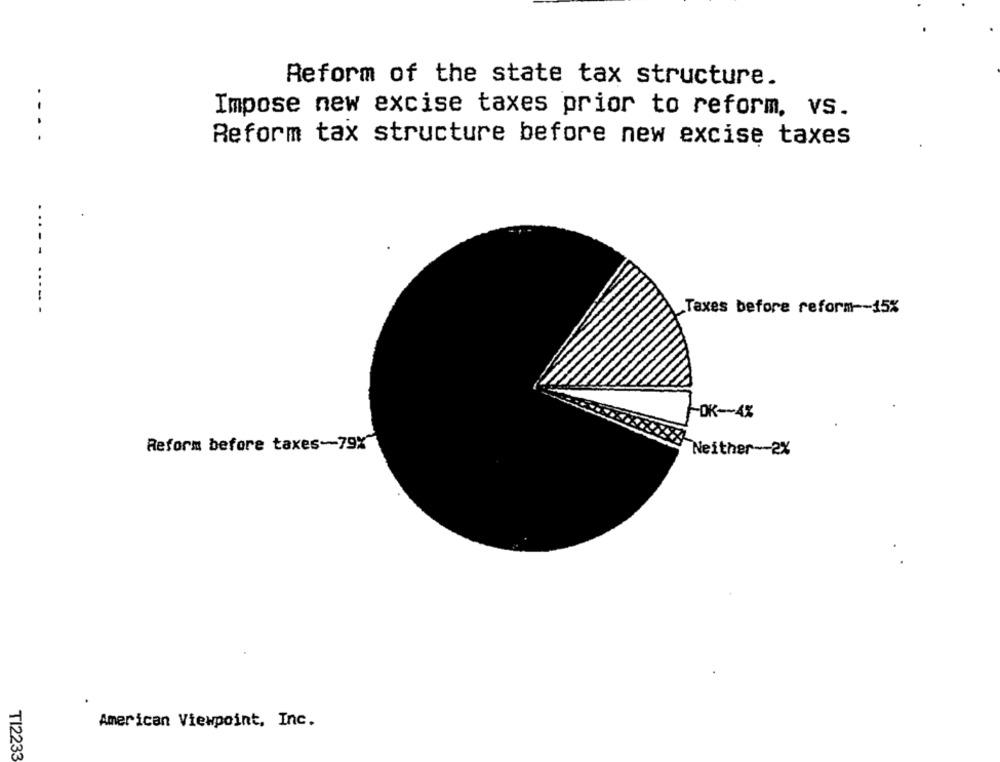
Reform of the state tax structure.
Impose new excise taxes prior to reform, vs.
....
Reform tax structure before new excise taxes
..... ..---
Taxes before reform -- 15%
-DK-4%
Reform before taxes-79%
Neither -- 2X
American Viewpoint, Inc.
TI2233